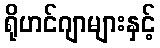
ရိုဟင်ဂျာများနှင့်